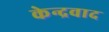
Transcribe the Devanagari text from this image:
केन्द्रवाद